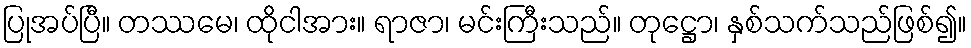
ပြုအပ်ပြီ။ တဿမေ၊ ထိုငါအား။ ရာဇာ၊ မင်းကြီးသည်။ တုဋ္ဌော၊ နှစ်သက်သည်ဖြစ်၍။